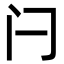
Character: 闩